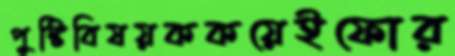
পুষ্টিবিষয়ককয়েইফোর